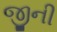
જીની